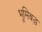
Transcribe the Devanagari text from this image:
भूमिबद्ध